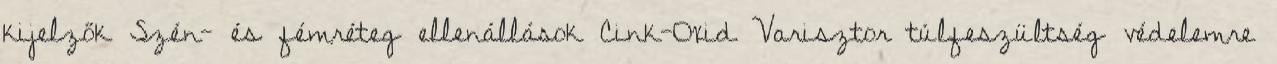
kijelzők Szén- és fémréteg ellenállások Cink-Oxid Varisztor túlfeszültség védelemre